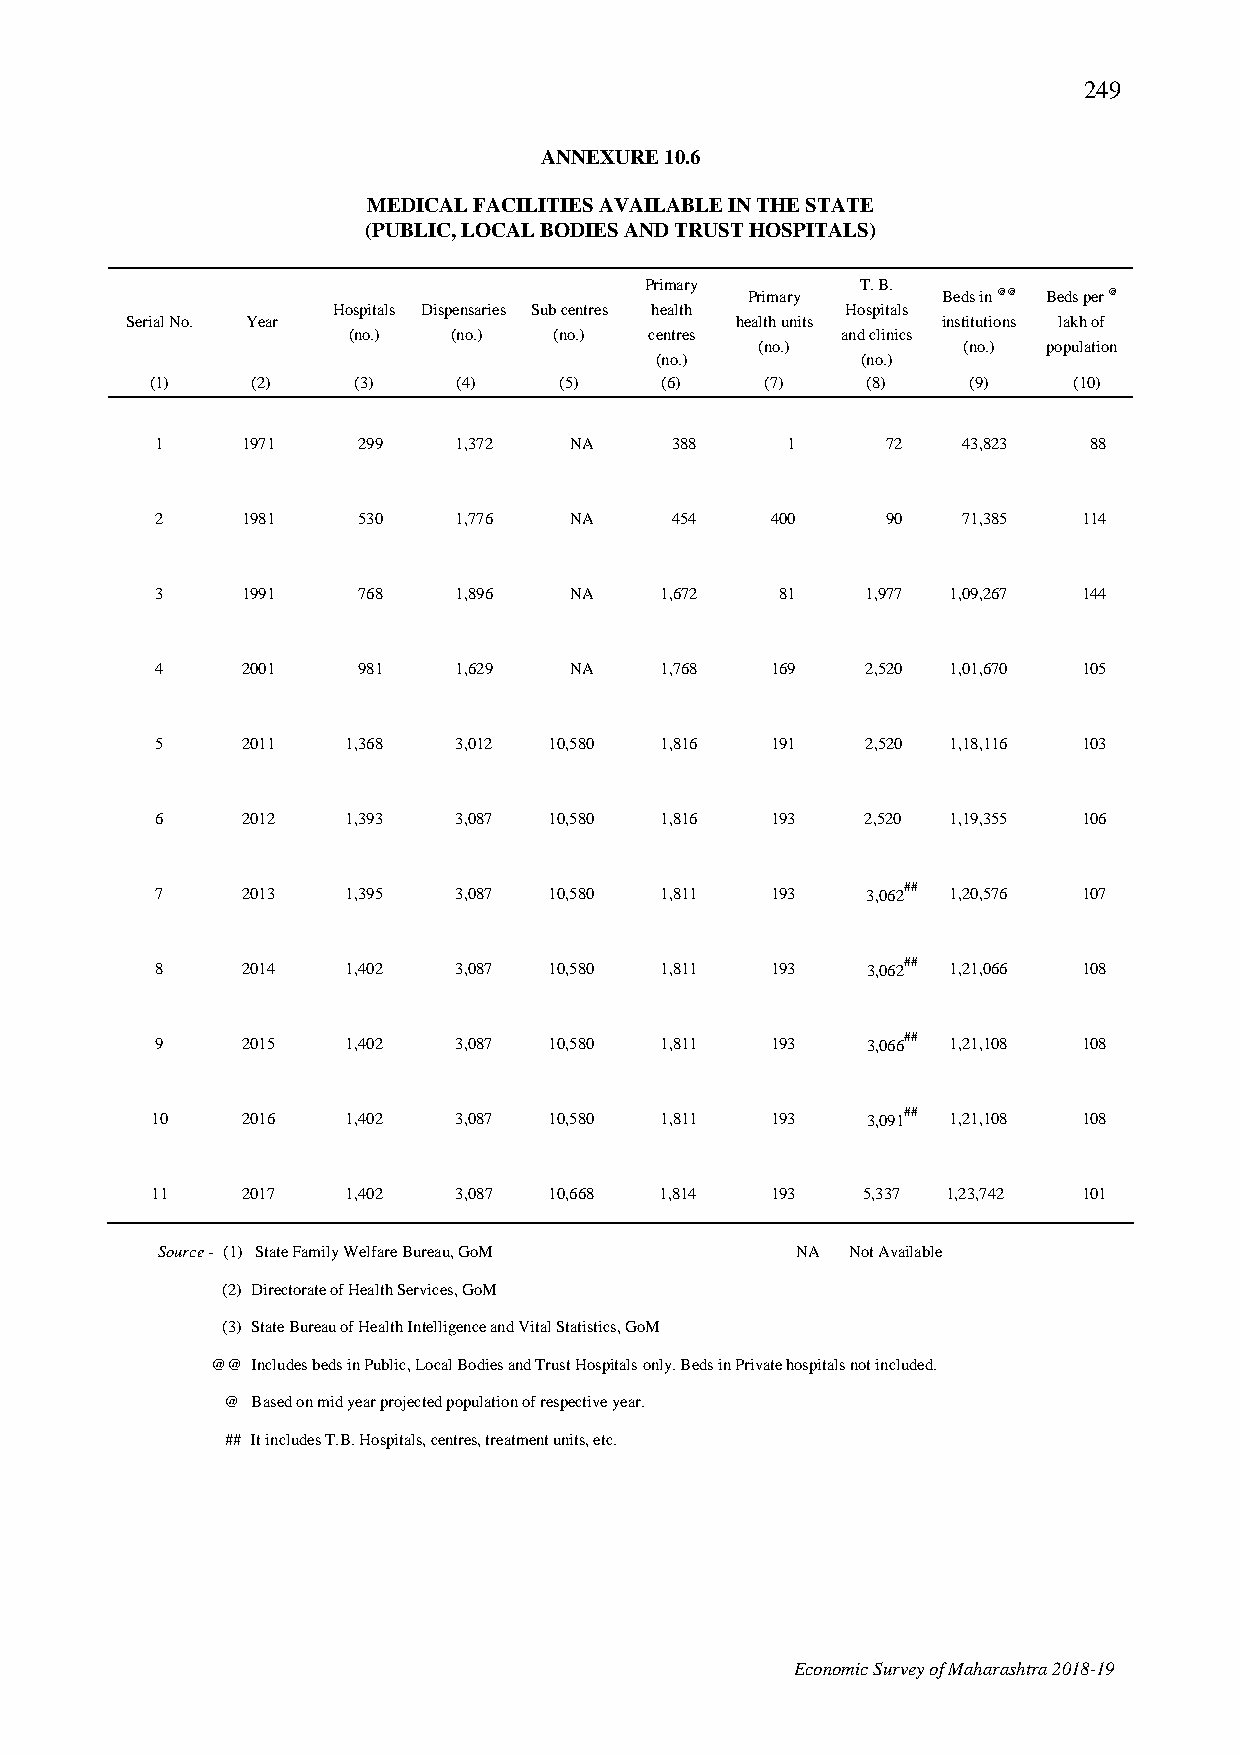
249
 ANNEXURE 10.6
 MEDICAL FACILITIES AVAILABLE IN THE STATE
 (PUBLIC, LOCAL BODIES AND TRUST HOSPITALS)
 Primary       T. B.
 Primary      Beds in @@ Beds per @
 Hospitals Dispensaries Sub centres health Hospitals
 Serial No. Year                          health units institutions lakh of
 (no.)  (no.)  (no.) centres      and clinics
 (no.)         (no.) population
 (no.)         (no.)
 (1)    (2)   (3)    (4)    (5)    (6)    (7)   (8)    (9)    (10)
 1     1971    299   1,372   NA    388     1      72   43,823  88
 2     1981    530   1,776   NA    454    400     90   71,385  114
 3     1991    768   1,896   NA    1,672   81   1,977 1,09,267 144
 4     2001    981   1,629   NA    1,768  169   2,520 1,01,670 105
 5     2011   1,368  3,012 10,580  1,816  191   2,520 1,18,116 103
 6     2012   1,393  3,087 10,580  1,816  193   2,520 1,19,355 106
 7     2013   1,395  3,087 10,580  1,811  193   3,062## 1,20,576 107
 8     2014   1,402  3,087 10,580  1,811  193   3,062## 1,21,066 108
 9     2015   1,402  3,087 10,580  1,811  193   3,066## 1,21,108 108
 10    2016   1,402  3,087 10,580  1,811  193   3,091## 1,21,108 108
 11    2017   1,402  3,087 10,668  1,814  193   5,337 1,23,742 101
 Source - (1) State Family Welfare Bureau, GoM NA Not Available
 (2) Directorate of Health Services, GoM
 (3) State Bureau of Health Intelligence and Vital Statistics, GoM
 @@ Includes beds in Public, Local Bodies and Trust Hospitals only. Beds in Private hospitals not included.
 @ Based on mid year projected population of respective year.
 ## It includes T.B. Hospitals, centres, treatment units, etc.
 Economic Survey of Maharashtra 2018-19